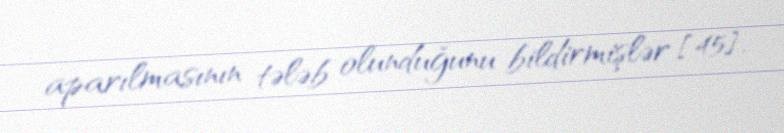
aparılmasının tələb olunduğunu bildirmişlər [45].